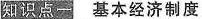
知识点一 基本经济制度